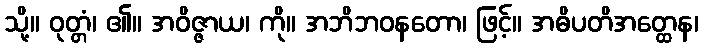
သို့။ ဝုတ္တံ၊ ၏။ အဝိဇ္ဇာယ၊ ကို။ အဘိဘဝနတော၊ ဖြင့်။ အဓိပတိအတ္ထေန၊